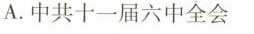
A.中共十一届六中全会